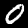
Label: 0